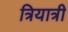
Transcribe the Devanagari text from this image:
त्रियात्री